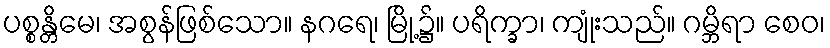
ပစ္စန္တိမေ၊ အစွန်ဖြစ်သော။ နဂရေ၊ မြို့၌။ ပရိက္ခာ၊ ကျုံးသည်။ ဂမ္ဘိရာ စေဝ၊